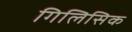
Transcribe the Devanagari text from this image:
गिलिसिक